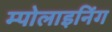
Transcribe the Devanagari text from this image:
म्पोलाइनिंग